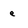
Character: e